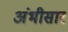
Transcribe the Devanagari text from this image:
अंभीसार